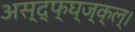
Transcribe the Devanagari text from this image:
अस्द्फ्घ्ज्क्ल्।